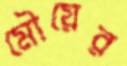
মৌয়ের